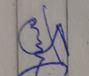
Signature authenticity: genuine